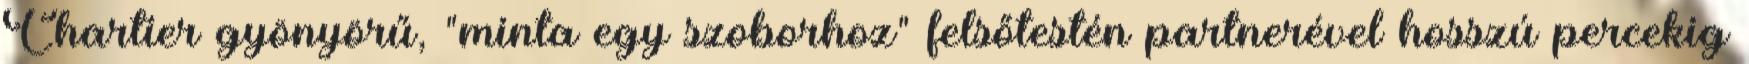
Chartier gyönyörű, "minta egy szoborhoz" felsőtestén partnerével hosszú percekig